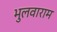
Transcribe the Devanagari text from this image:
भुलवाराम